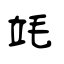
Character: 竓